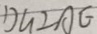
D G \bot A E